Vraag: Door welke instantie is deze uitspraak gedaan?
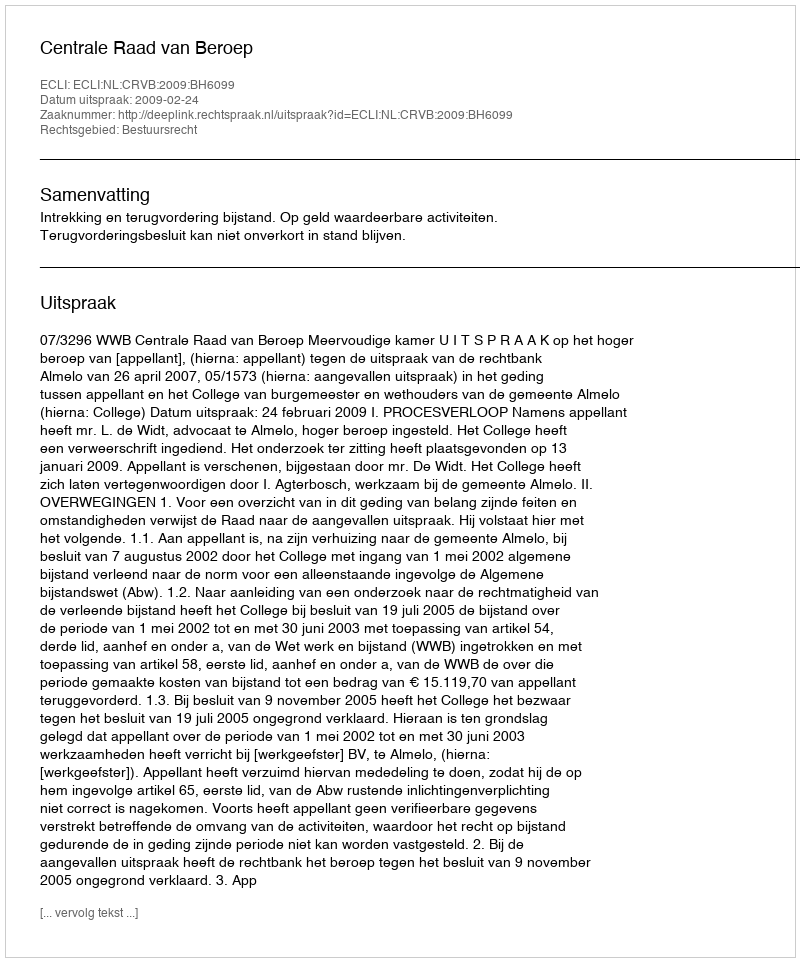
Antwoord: Centrale Raad van Beroep